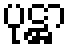
ပုဋ္ဌာ